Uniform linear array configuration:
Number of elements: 16
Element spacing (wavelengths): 1
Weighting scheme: blackman
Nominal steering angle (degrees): -60
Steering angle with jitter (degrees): -61.959
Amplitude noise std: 0.05
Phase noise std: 0.05

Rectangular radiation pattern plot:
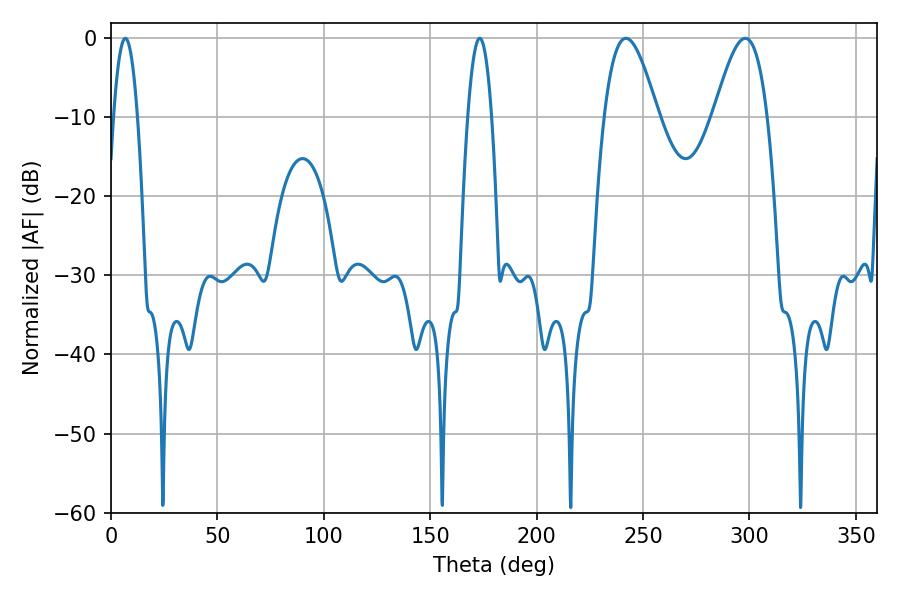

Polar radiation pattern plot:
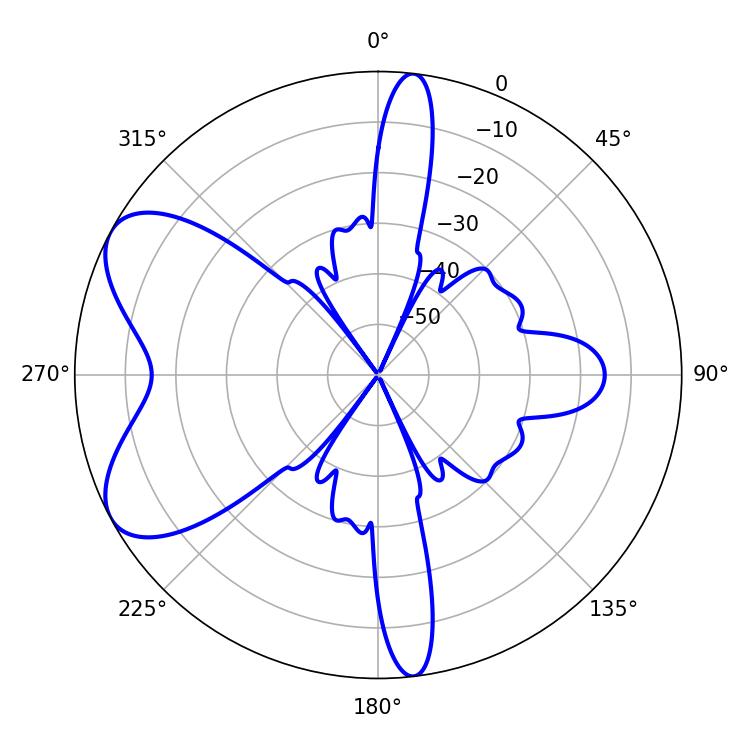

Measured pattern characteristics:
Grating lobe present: TRUE
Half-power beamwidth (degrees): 13.5
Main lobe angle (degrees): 241.92